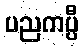
ပညကပ္ပီ